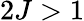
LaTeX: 2J>1